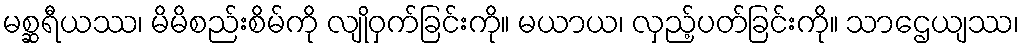
မစ္ဆရီယဿ၊ မိမိစည်းစိမ်ကို လျိုဝှက်ခြင်းကို။ မယာယ၊ လှည့်ပတ်ခြင်းကို။ သာဌေယျဿ၊